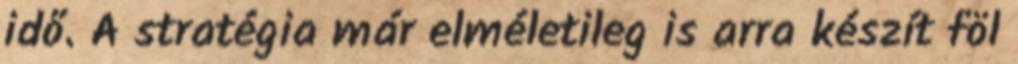
idő. A stratégia már elméletileg is arra készít föl